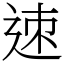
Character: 𨒪